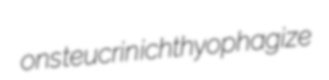
ons teucrin ichthyophagize